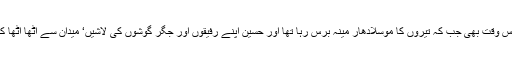
سب سے زیادہ حیرت اس بات پر ہے کہ اس وقت بھی جب کہ تیروں کا موسلادھار مینہ برس رہا تھا اور حسین اپنے رفیقوں اور جگر گوشوں کی لاشیں‘ میدان سے اٹھا اٹھا کر‘ بار بار‘ خیمے کی طرف جارہے تھے۔